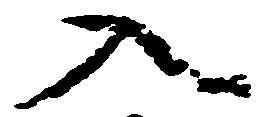
入